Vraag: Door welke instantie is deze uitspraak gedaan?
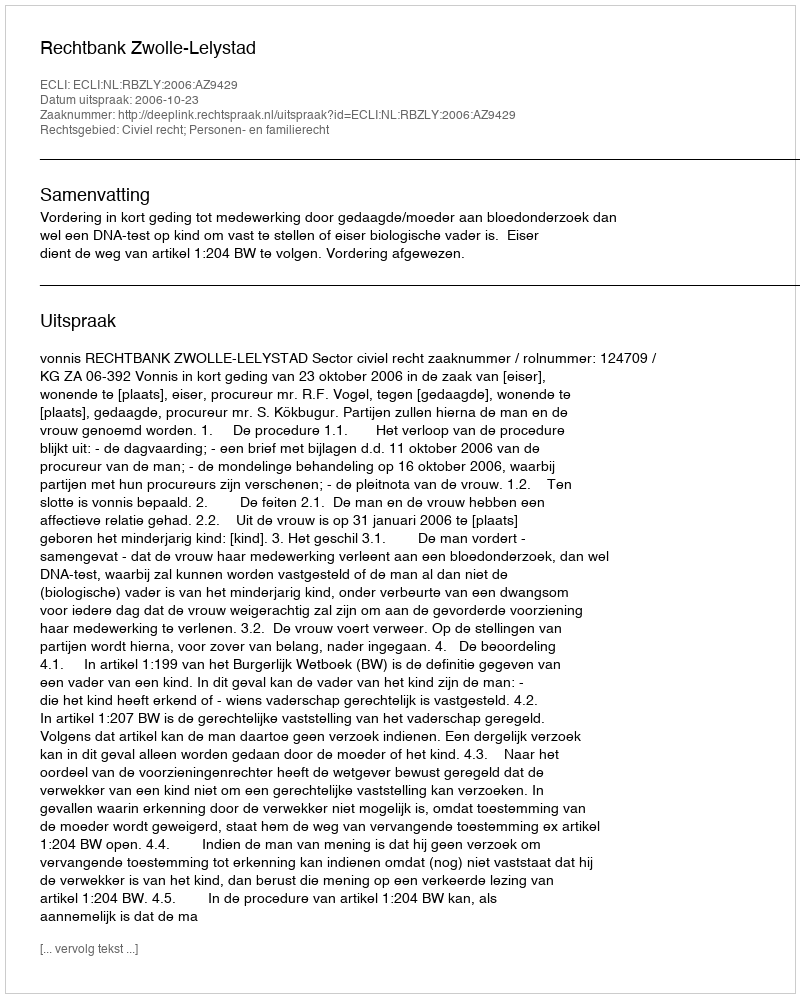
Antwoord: Rechtbank Zwolle-Lelystad